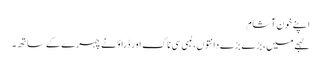
اپنے خون آشام
لہجے میں، بڑے بڑے دانتوں، لمبی سی ناک اور ڈراؤنے چہرے کے ساتھ۔